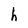
Character: h